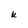
Character: U